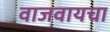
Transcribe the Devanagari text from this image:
वाजवायचा